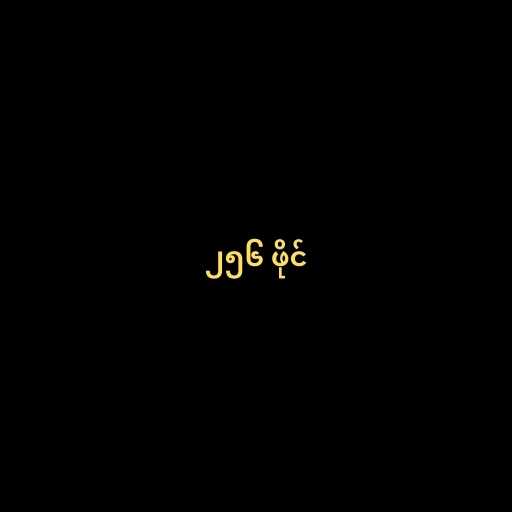
၂၅၆ ဖိုင်